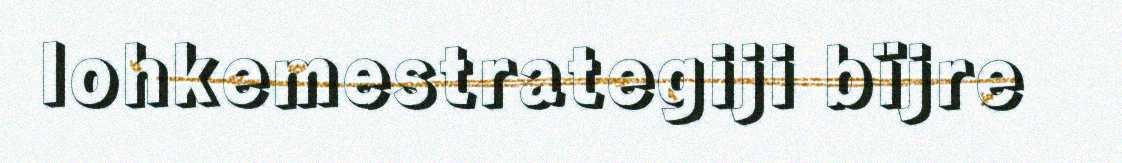
lohkemestrategiji bïjre